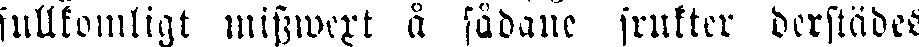
fullkomligt misswext å sådane frukter derstädes